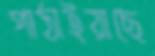
পাঠাইয়াছে